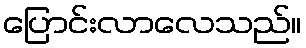
ပြောင်းလာလေသည်။